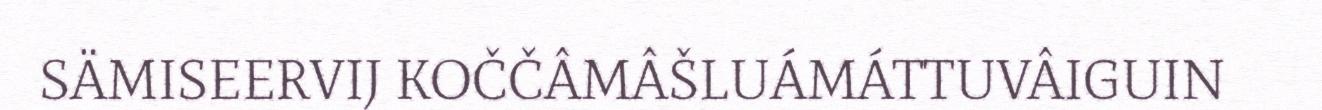
SÄMISEERVIJ KOČČÂMÂŠLUÁMÁTTUVÂIGUIN